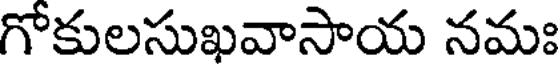
గోకులసుఖవాసాయ నమః